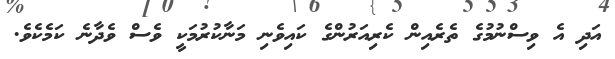
އަދި އެ ވިސްނުމުގެ ތެރެއިން ކެރިއަރުންގެ ކައިވެނި މަނާކުރުމަކީ ވެސް ވެދާނެ ކަމެކެވެ.